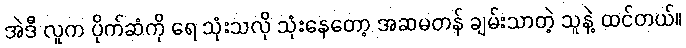
အဲဒီ လူက ပိုက်ဆံကို ရေ သုံးသလို သုံးနေတော့ အဆမတန် ချမ်းသာတဲ့ သူနဲ့ ထင်တယ်။